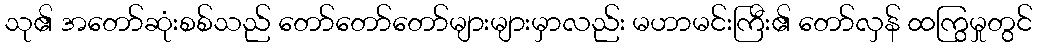
သု၏ အတော်ဆုံးစစ်သည် တော်တော်တော်များများမှာလည်း မဟာမင်းကြီး၏ တော်လှန် ထကြွမှုတွင်